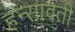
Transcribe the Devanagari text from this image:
हन्सावती